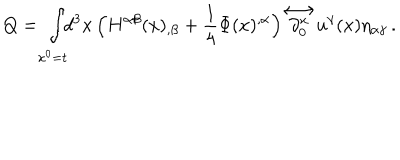
LaTeX: Q = \int _ { x ^ { 0 } = t } \! \! d ^ { 3 } x \, \Big ( H ^ { \alpha \beta } ( x ) _ { , \beta } + \frac { 1 } { 4 } \Phi ( x ) ^ { , \alpha } \Big ) { \stackrel { \longleftrightarrow } { \partial _ { 0 } ^ { x } } } u ^ { \gamma } ( x ) \eta _ { \alpha \gamma } \, .